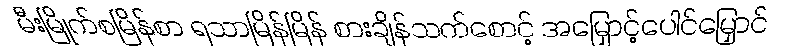
မီးမြိုက်စမြိန်စာ ရသာမြိန်မြိန် စားချိန်သက်စောင့် အမြှောင့်ပေါင်မြှောင်